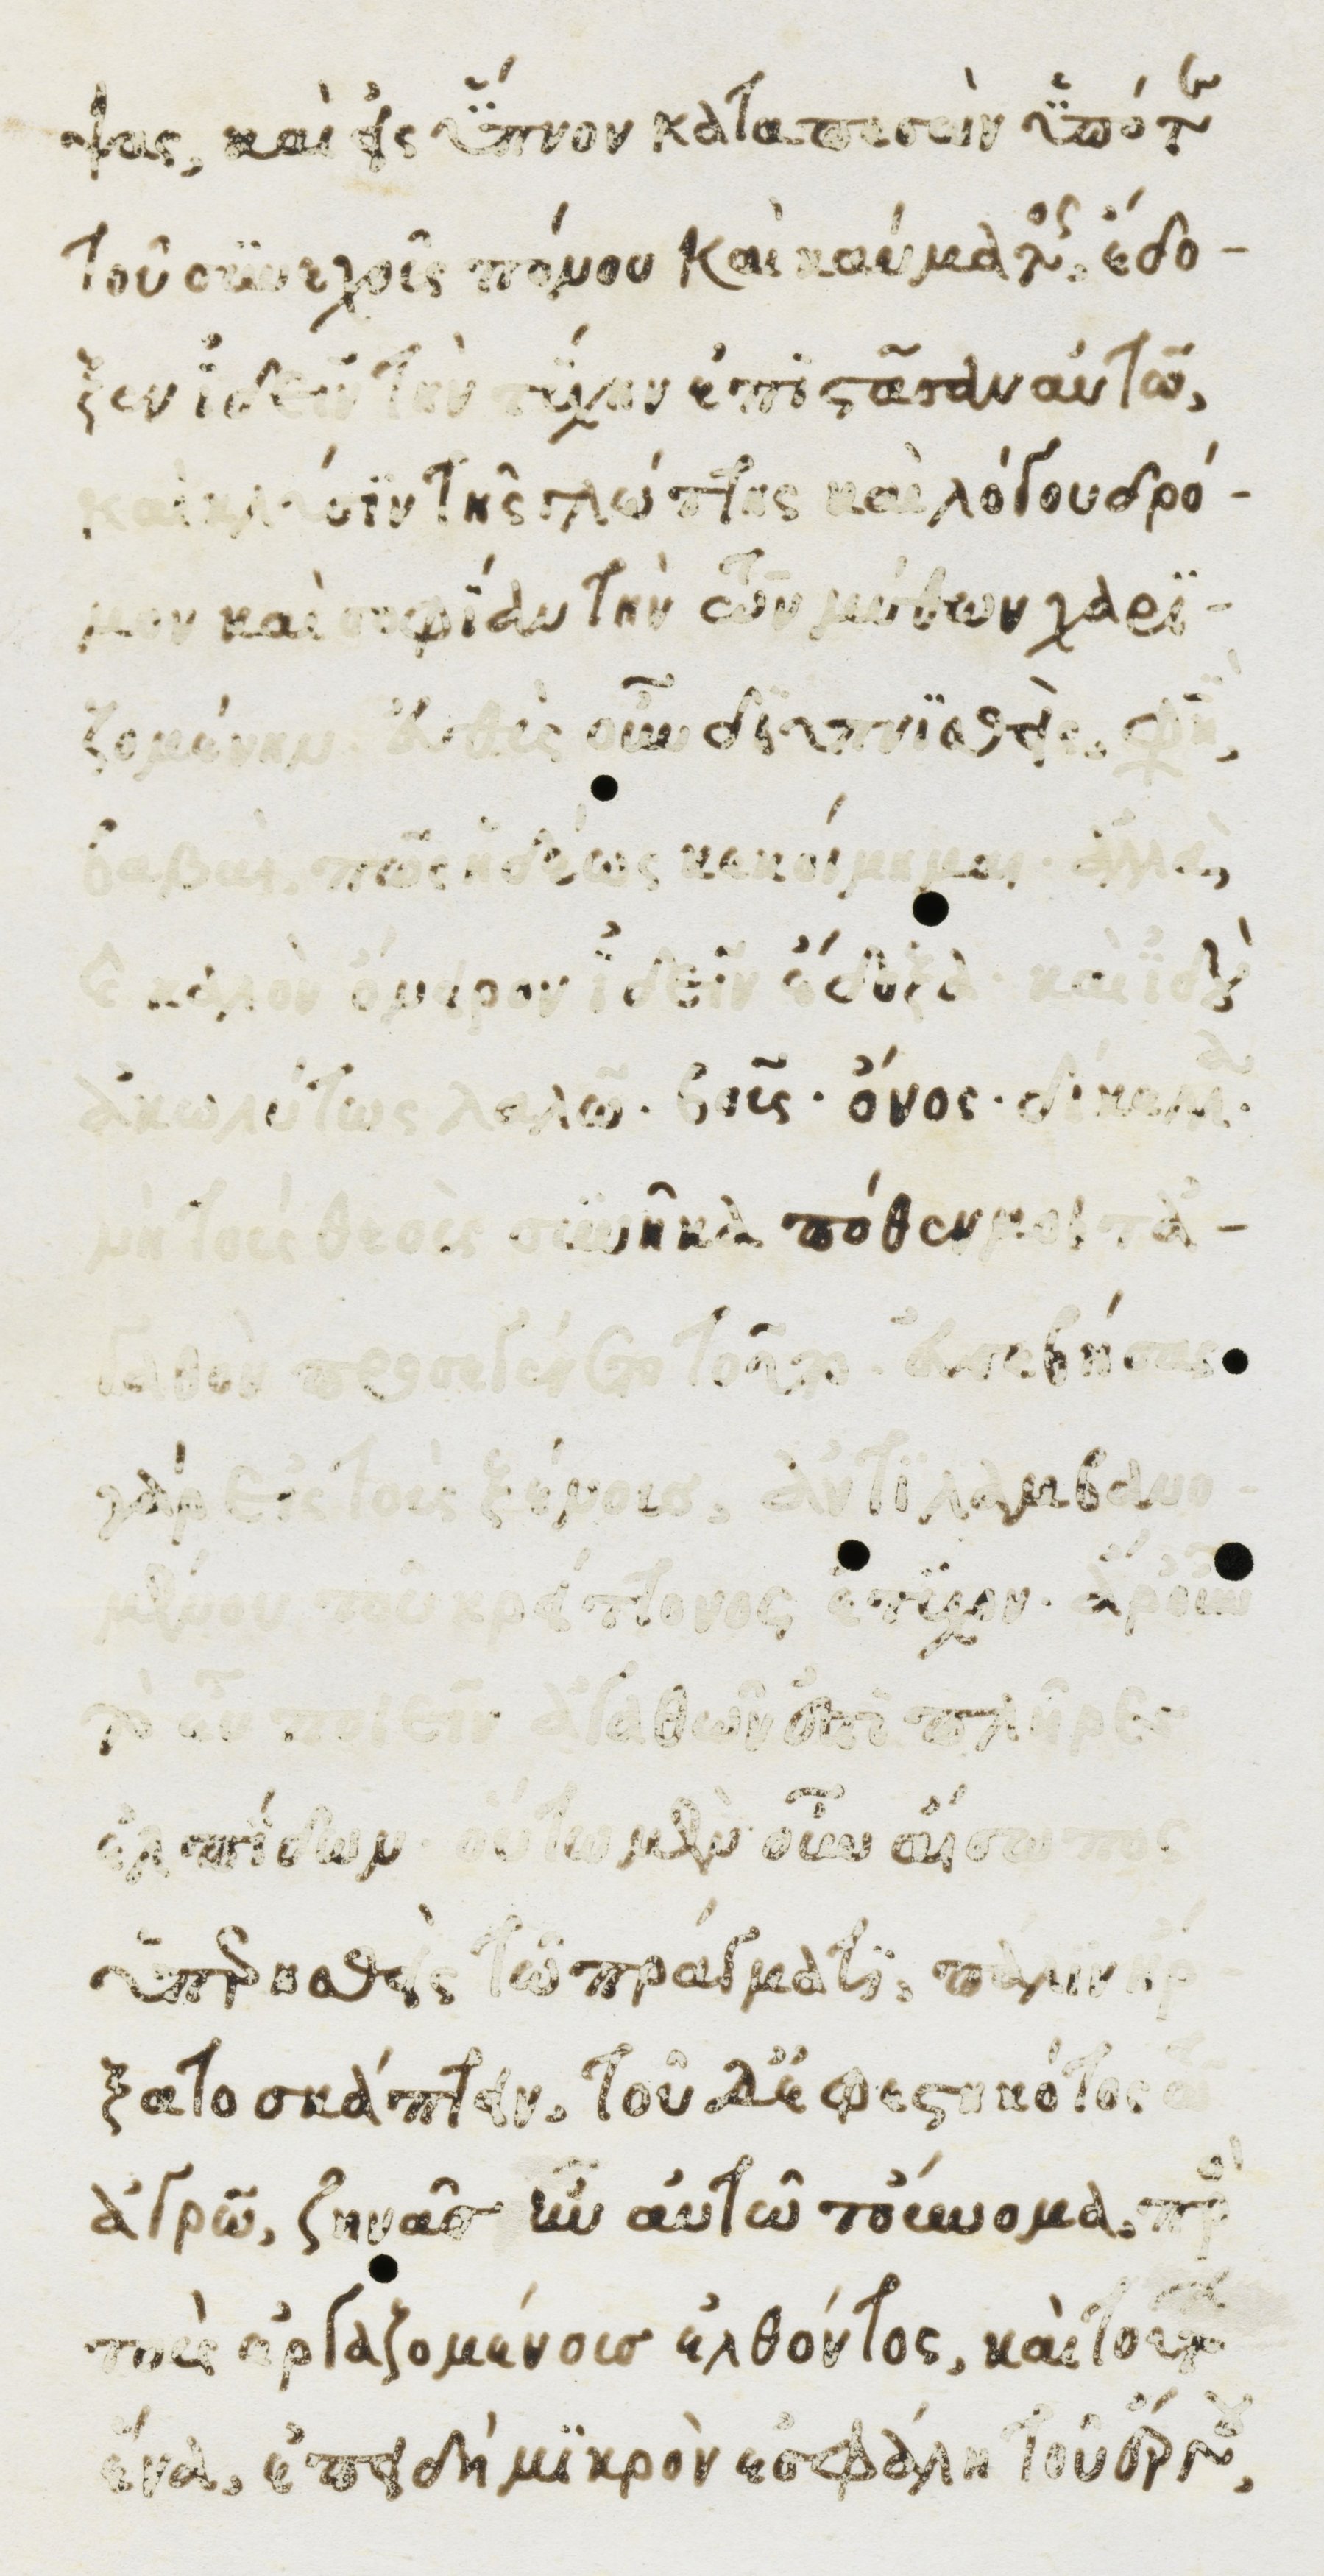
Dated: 1482–1485